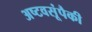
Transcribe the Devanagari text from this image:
अष्टवसूंपैकी